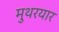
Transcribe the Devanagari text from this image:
मुथरयार